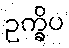
ဥက္ခိပ